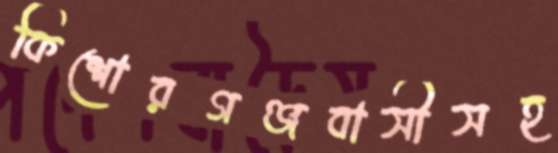
কিশোরগঞ্জবাসীসহ